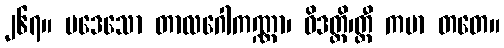
၂၆၇။ ပဒေသော တာလဂေါကဏ္ဏာ၊ ဝိဒတ္ထိ၊တ္ထီ ကမာ တတေ။